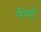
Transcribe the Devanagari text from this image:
पेथो